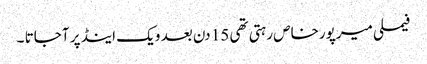
فیملی میرپورخاص رہتی تھی 15 دن بعد ویک اینڈ پر آجاتا ۔